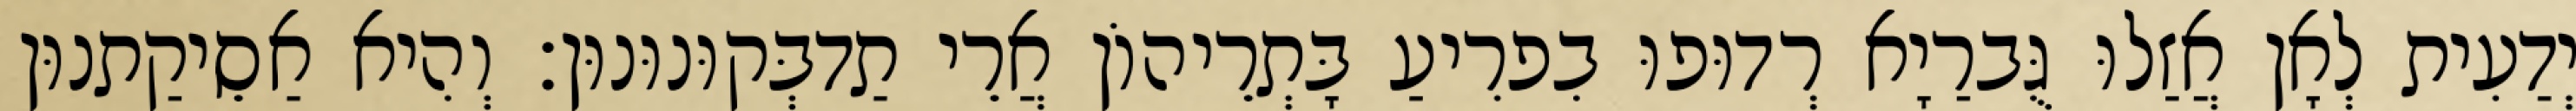
יְדַעִית לְאָן אֲזַלוּ גֻּברַיָא רְדוּפוּ בִפרִיעַ בָּתְרֵיהוֹן אֲרֵי תַדבְּקוּנוּנוּן׃ וְהִיא אַסֵיקַתנוּן